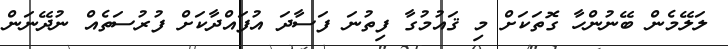
ލަލޭމެން ބޭނުންހާ ގޮތަކަށް މި ޤައުމުގާ ފިތުނަ ފަސާދަ އުފައްދާކަށް ފުރުސަތެއް ނުދޭނަން